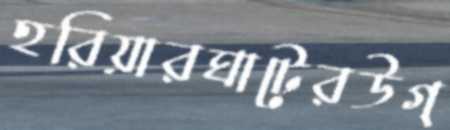
হরিয়ারঘাটেরউগ্